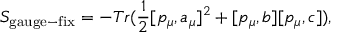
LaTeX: S _ { \mathrm { g a u g e - f i x } } = - T r ( \frac { 1 } { 2 } [ p _ { \mu } , a _ { \mu } ] ^ { 2 } + [ p _ { \mu } , b ] [ p _ { \mu } , c ] ) ,